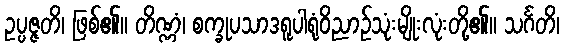
ဥပ္ပဇ္ဇတိ၊ ဖြစ်၏။ တိဏ္ဏံ၊ စက္ခုပသာဒရူပါရုံဝိညာဉ်သုံးမျိုးလုံးတို့၏။ သင်္ဂတိ၊